Civil Veterinary Department Bihar & Orissa reports 1922-29 - 1922-1929
Year: 1922
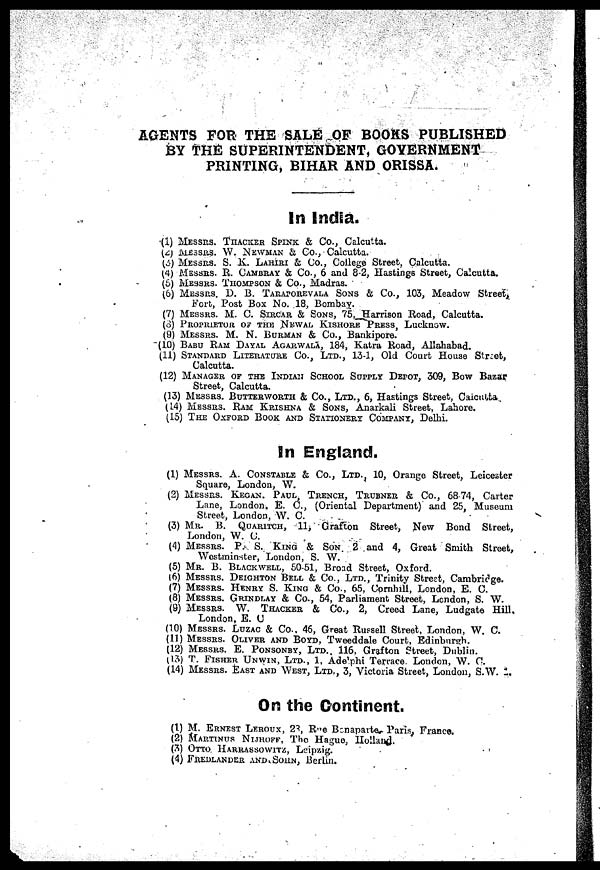
AGENTS FOR THE SALE OF BOOKS PUBLISHED
BY THE SUPERINTENDENT, GOVERNMENT
PRINTING, BIHAR AND ORISSA.
In India.
(1) MESSRS THACKER SPINK & Co., Calcutta.
(2) MESSERS. W. NEWMAN & Co., Calcutta.
(3) MESSRS. S. K. LAHIRI & Co., College Street, Calcutta.
(4) MESSRS. R. CAMBRAY & Co., 6 and 8-2, Hastings Street, Calcutta.
(6) MESSRS. THOMPSON & Co., Madras.
(6) MESSRS. D. B. TARAPOREVALA SONS & Co., 103, Meadow Street,
Fort, Post Box No. 18, Bombay.
(7) MESSRS. M. C. SIRCAR & SONS, 75, Harrison Road, Calcutta,
(8) PROPRIETOR OF THE NEWAL KISHORE PRESS, Lucknow.
(9) MESSRS. M. N. BURMAN & Co., Bankipore.
(10) BABU RAM DAYAL AGARWALA, 184, Katra Road, Allahabad.
(11) STANDARD LITERATURE Co., LTD., 13-1, Old Court House Street,
Calcutta.
(12) MANAGER OF THE INDIAN SCHOOL SUPPLY DEPOT, 309, Bow Bazar
Street, Calcutta.
(13) MESSRS. BUTTERWORTH & Co., LTD., 6, Hastings Street, Calcutta
(14) MESSRS. RAM KPISHNA & SONS, Anarkali Street, Lahore.
(15) THE OXFORD BOOK AND STATIONERY COMPANY, Delhi.
In England.
(1) MESSRS. A. CONSTABLE & Co., LTD., 10, Orange Street, Leicester
Square, London, W.
(2) MESSRS. KEGAN. PAUL, TRENCH, TRUBNER & Co., 68-74, Carter
Lane, London. E. C, (Oriental Department) and 25, Museum
Street, London, W. C.
(3) MR. B. QUARITCH, 11, Grafton Street, Now Bond Street,
London, W. C.
(4) MESSRS. P. S. KING & SON. 2 and 4, Great Smith Street,
Westminster, London, S. W.
(5) MR. B. BLAVKWELL, 50-51, Broad Street, Oxford.
(6) MESSRS. DEIGHTON BELL & Co., LTD., Trinity Street, Cambridge.
(7) MESSRS. HENRY S. KING & Co., 65, Cornhill, London, E. C.
(8) MESSRS. GRINDLAY & Co., 54, Parliament Street, London, S. W.
(9) MESSRS. W. THACKER & Co., 2, Creed Lane, Ludgate Hill.
London, E. C
(10) MESSRS. LUZAC & Co.. 46, Great Russell Street, London, W. C.
(11) MESSRS. OLIVER AND BOYD, Twoeddale Court, Edinburgh.
(12) MESSRS. E. PONSONBY, LTD.. 116, Grafton Street, Dublin.
(13) T. FISHER UNWIN, LTD., 1, Adelphi Terrace London, W. C.
(14) MESSRS. EAST AND WEST, LTD., 3, Victoria Street, London, S.W.
On the Continent.
(1) M. ERNEST LEROUX, 28 Rae Bonaparte Paris, France.
(2) MARTINUS NIFJOFF, The Hague, Holland.
(3) OTTO HARRASSOWITZ, Leipzig.
(4) FREDLANDER AND SOHN, Berlin.